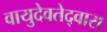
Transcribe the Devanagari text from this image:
वायुदेवतेद्वारा